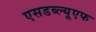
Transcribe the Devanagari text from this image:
एसडब्ल्यूएफ